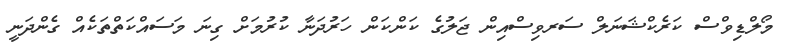
މޯލްޑިވްސް ކަރެކްޝަނަލް ސަރވިސްއިން ޖަލުގެ ކަންކަން ހަރުދަނާ ކުރުމަށް ގިނަ މަސައްކަތްތަކެއް ގެންދަނީ